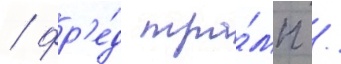
/ фр'е́д тра́мп /